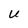
Character: U